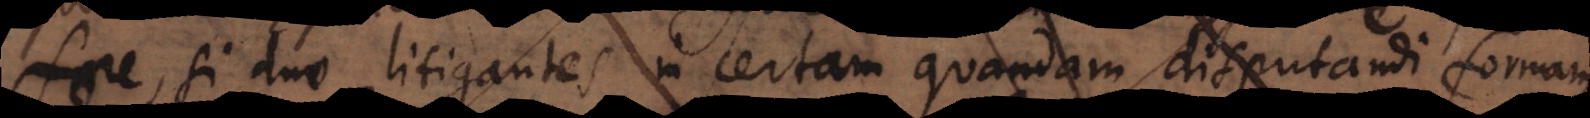
fore, si duo litigantes in certam quandam disputandi formam